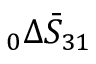
\phantom { } _ { 0 } \Delta \bar { S } _ { 3 1 }